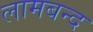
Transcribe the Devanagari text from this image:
लामबन्द